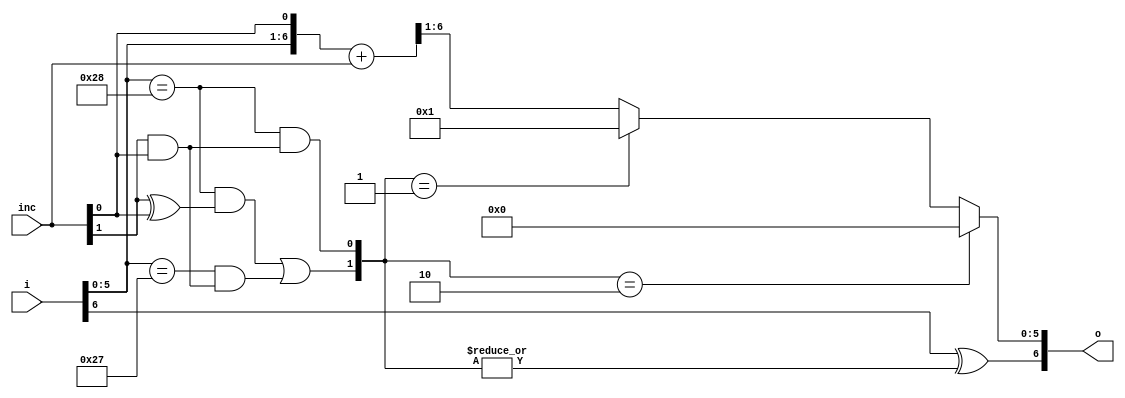
module iuq_cpl_itag( inc, i, o);
   parameter         SIZE = 7;
   parameter         WRAP = 40;

   input [0:1]       inc;
   input [0:SIZE-1]  i;

   output [0:SIZE-1] o;

   wire [1:SIZE]     a;
   wire [1:SIZE]     b;
   wire [1:SIZE]     rslt;
   wire              rollover;
   wire              rollover_m1;
   wire              inc_1;
   wire              inc_2;
   wire [0:1]        wrap_sel;


   (* analysis_not_referenced="true" *)

   wire 	     unused;
   // Increment by 1 or 2.
   // Go back to zero at WRAP
   // Flip bit zero when a rollover occurs
   // eg 0...39, 64..103
   assign unused = rslt[SIZE];

   assign a = {i[1:SIZE - 1], inc[1]};
   assign b = {{SIZE-2{1'b0}},{inc[0], inc[1]}};
   assign rslt = a + b;

   assign rollover = {{32-SIZE+1{1'b0}},i[1:SIZE - 1]} == WRAP;
   assign rollover_m1 = {{32-SIZE+1{1'b0}},i[1:SIZE - 1]} == WRAP - 1;

   assign inc_1 = inc[0] ^ inc[1];
   assign inc_2 = inc[0] & inc[1];

   assign wrap_sel[0] = (rollover & inc_1) | (rollover_m1 & inc_2);
   assign wrap_sel[1] = rollover & inc_2;

   assign o[0] = i[0] ^ |(wrap_sel);

   assign o[1:SIZE-1] = (wrap_sel[0:1] == 2'b10) ? {SIZE-1{1'b0}} :
                        (wrap_sel[0:1] == 2'b01) ? {{SIZE-2{1'b0}},{1'b1}} :
                         rslt[1:SIZE-1];

endmodule